Cholera in southern India
Disease focus: Cholera
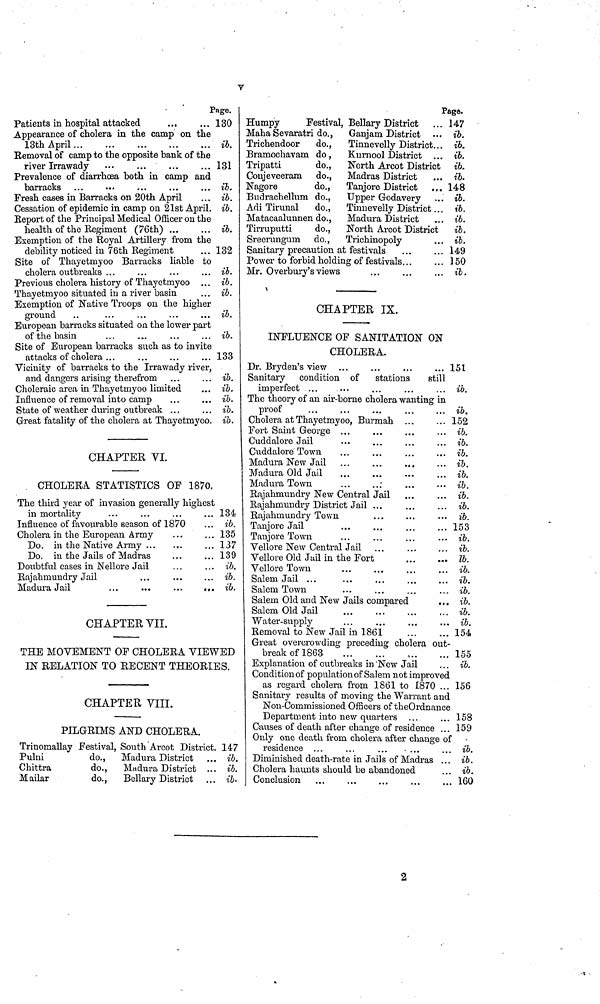
V
Page.
Patieuts in hospital attacked
...
... 130
Appearance of cholera in the camp on the
13th April
ib.
Bemoval of camp to the opposite bank of the
river Irrawady
...
...
...
... 131
Prevalence of diarrhosa both in camp and
barracks ...
...
...
...
... ib.
Fresh cases in Barracks on 20th April
... ib.
Cessation of epidemic in camp on 21st April. ib.
Reportof the Principal Medical Officer on the
health of the Regiment (76th)
ib.
Exemption of the Royal Artillery from the
debility noticed in 76th Regiment
... 132
Site of Thayetmyoo Barracks liable to
cholera outbreaks ...
...
...
... ib.
Previous cholera history of Thayetmyoo ... ib.
Thayetmyoo situated in a river basin
... ib.
Exemption of Native Troops on the higher
ground
..
...
...
...
... ib.
European barracks situated on the lower part
of the basin
...
...
...
... ib.
Site of European barracks such as to invite
attacks of cholera ...
133
Vicinity of barracks to the Irrawady river,
and dangers arising therefrom ...
... ib.
Choleraic area in Thayetmyoo limited
... ib.
Influence of removal into camp
...
... ib.
State of weather during outbreak ...
... ib.
Great fatality of the cholera at Thayetmyoo. ib.
CHAPTER VI.
CHOLERA STATISTICS OF 1870,
The third year of invasion generally highest
in mortality
...
...
...
... 134
Influence of favourable season of 1870
... ib.
Cholera in the European Army
...
... 135
Do. in the Native Army
... 137
Do. in the Jails of Madras
...
... 139
Doubtful cases in Nellore Jail
...
... ib.
Rajahmundry Jail
...
...
... ib.
Madura Jail
...
...
...
... ib.
CHAPTER VII.
THE MOVEMENT OF CHOLERA VIEWED
IN RELATION TO RECENT THEORIES.
CHAPTER VIII.
PILGRIMS AND CHOLERA.
Trinomallay Festival, South Arcot District. 147
Pulni
do., Madura District ... ib.
Chittra
do.,
Madura District ... ib.
Mailar
do., Bellary District ... ib.
Page.
Humpy
Festival, Bellary District ... 147
Maha Sevaratri do.,
Ganjam District ... ib.
Trichendoor
do., Tinnevelly District... ib.
Bramochavam do, Kurnool District ... ib.
Tripatti
do., North Arcot District ib.
Coujeveeram do., Madras District ... ib.
Nagore
do., Tanjore District ... 148
Budrachellum do., Upper Godavery ... ib.
Adi Tirunal
do., Tinnevelly District ... ib.
Matacaaluunen do., Madura District ... ib.
Tirruputti
do., North Arcot District
ib.
Sreerungurn do., Trichinopoly
... ib.
Sanitary precaution at festivals
...
... 149
Power to forbid holding of festivals ... ... 150
Mr. Overbury'sviews
...
...
... ib.
CHAPTER IX.
INFLUENCE OF SANITATION ON
CHOLERA.
Dr. Bryden's view
151
Sanitary condition of stations
still
imperfect ...
...
...
...
... ib.
The theory of an air-borne cholera wanting in
proof
ib.
Cholera at Thayetmyoo, Burmah
152
Fort Saint George ...
...
...
... ib.
Cuddalore Jail
...
...
...
... ib.
Cuddalore Town
...
...
...
... ib.
Madura New Jail ...
...
...
... ib.
Madura Old Jail
...
...
...
... ib.
Madura Town
...
...
...
... ib.
Rajahmundry New Central Jail
ib.
Rajahmundry District Jail ...
...
... ib.
Rajahmundry Town
ib.
Tanjore Jail
153
Tanjore Town
...
...
...
... ib.
Vellore New Central Jail ...
ib.
Vellore Old Juil in the Fort
ib.
Vellore Town
...
... ib.
Salem Jail ...
...
...
...
... ib.
Salem Town
...
,..
...
... ib.
Salem Old and New Jails compared
... ib.
Salem Old Jail
... ib.
Water-supply
...
...
...
... ib.
Removal to New Jail in 1861
154
Great overcrowding preceding cholera out-
break of 1863
...
...
...
...
155
Explanation of outbreaks in New Jail
... ib.
Condition of population of Salem not improved
as regard cholera from 1861 to 1870 ... 156
Sanitary results of moving the Warrant and
Non-Commissioned Officers of theOrdnance
Department into new quarters ...
... 158
Causes of death after change of residence ... 159
Only one death from cholera after change of
residence ...
...
...
...
... ib.
Diminished death-rate in Jails of Madras ... ib.
Cholera haunts should be abandoned
... ib.
Conclusion ...
...
...
...
... 160
2